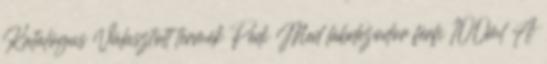
Katalógus Választott termék Pedi Med lábdezodor férfi 100ml A